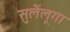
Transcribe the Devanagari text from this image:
सुलैंलूगा